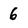
Character: 6